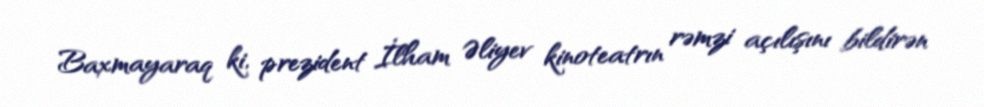
Baxmayaraq ki, prezident İlham Əliyev kinoteatrın rəmzi açılışını bildirən